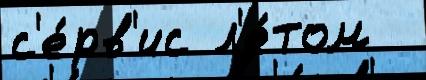
с'е́рв'ис л'е́том